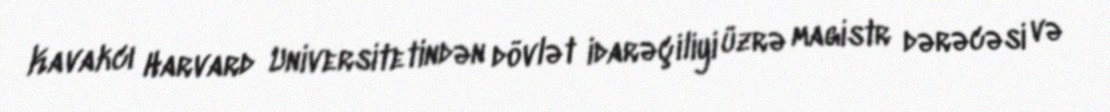
Kavakcı Harvard Universitetindən dövlət idarəçiliyi üzrə magistr dərəcəsi və